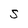
Character: S